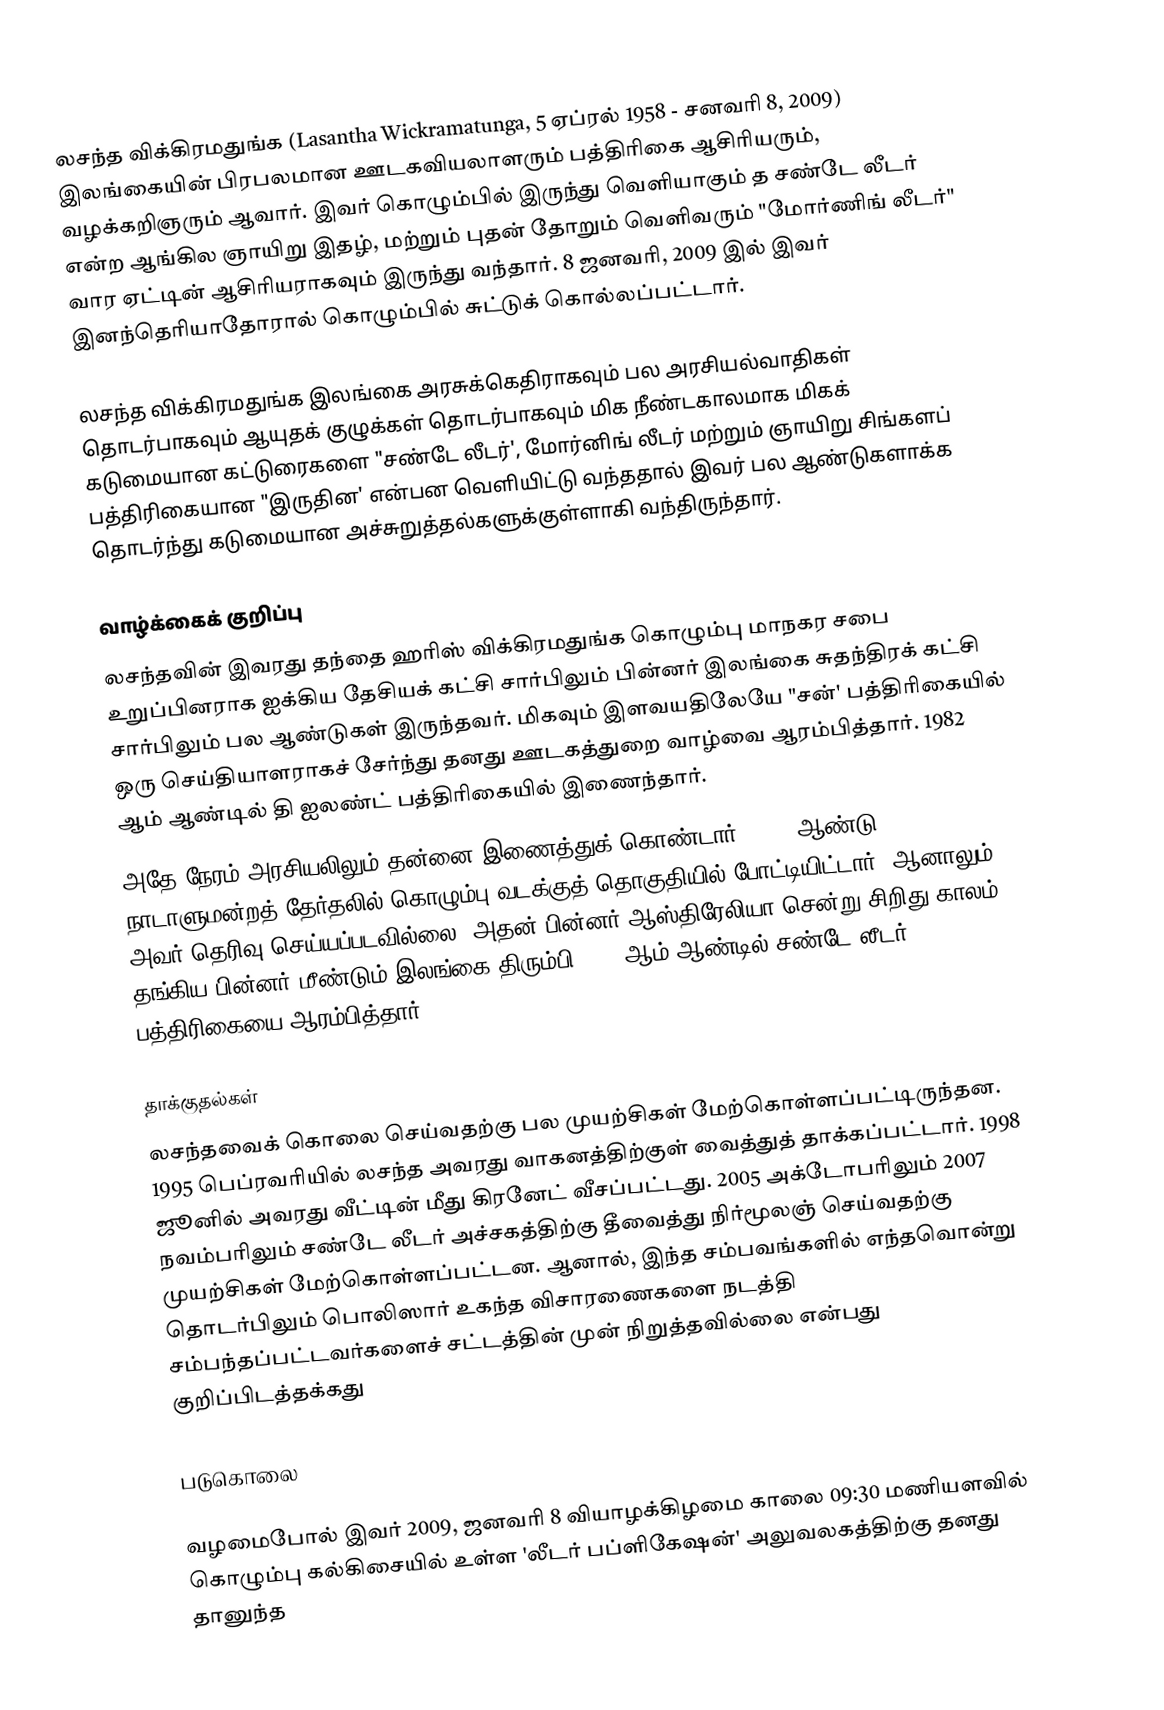
லசந்த விக்கிரமதுங்க (Lasantha Wickramatunga, 5 ஏப்ரல் 1958 - சனவரி 8, 2009) இலங்கையின் பிரபலமான ஊடகவியலாளரும் பத்திரிகை ஆசிரியரும், வழக்கறிஞரும் ஆவார். இவர் கொழும்பில் இருந்து வெளியாகும் த சண்டே லீடர் என்ற ஆங்கில ஞாயிறு இதழ், மற்றும் புதன் தோறும் வெளிவரும் "மோர்ணிங் லீடர்" வார ஏட்டின் ஆசிரியராகவும் இருந்து வந்தார். 8 ஜனவரி, 2009 இல் இவர் இனந்தெரியாதோரால் கொழும்பில் சுட்டுக் கொல்லப்பட்டார்.

லசந்த விக்கிரமதுங்க இலங்கை அரசுக்கெதிராகவும் பல அரசியல்வாதிகள் தொடர்பாகவும் ஆயுதக் குழுக்கள் தொடர்பாகவும் மிக நீண்டகாலமாக மிகக் கடுமையான கட்டுரைகளை "சண்டே லீடர்', மோர்னிங் லீடர் மற்றும் ஞாயிறு சிங்களப் பத்திரிகையான "இருதின' என்பன வெளியிட்டு வந்ததால் இவர் பல ஆண்டுகளாக்க தொடர்ந்து கடுமையான அச்சுறுத்தல்களுக்குள்ளாகி வந்திருந்தார்.

வாழ்க்கைக் குறிப்பு
லசந்தவின் இவரது தந்தை ஹரிஸ் விக்கிரமதுங்க கொழும்பு மாநகர சபை உறுப்பினராக ஐக்கிய தேசியக் கட்சி சார்பிலும் பின்னர் இலங்கை சுதந்திரக் கட்சி சார்பிலும் பல ஆண்டுகள் இருந்தவர். மிகவும் இளவயதிலேயே "சன்' பத்திரிகையில் ஒரு செய்தியாளராகச் சேர்ந்து தனது ஊடகத்துறை வாழ்வை ஆரம்பித்தார். 1982 ஆம் ஆண்டில் தி ஐலண்ட் பத்திரிகையில் இணைந்தார்.
அதே நேரம் அரசியலிலும் தன்னை இணைத்துக் கொண்டார். 1989 ஆண்டு நாடாளுமன்றத் தேர்தலில் கொழும்பு வடக்குத் தொகுதியில் போட்டியிட்டார். ஆனாலும் அவர் தெரிவு செய்யப்படவில்லை. அதன் பின்னர் ஆஸ்திரேலியா சென்று சிறிது காலம் தங்கிய பின்னர் மீண்டும் இலங்கை திரும்பி 1994 ஆம் ஆண்டில் சண்டே லீடர் பத்திரிகையை ஆரம்பித்தார்.

தாக்குதல்கள்
லசந்தவைக் கொலை செய்வதற்கு பல முயற்சிகள் மேற்கொள்ளப்பட்டிருந்தன. 1995 பெப்ரவரியில் லசந்த அவரது வாகனத்திற்குள் வைத்துத் தாக்கப்பட்டார். 1998 ஜூனில் அவரது வீட்டின் மீது கிரனேட் வீசப்பட்டது. 2005 அக்டோபரிலும் 2007 நவம்பரிலும் சண்டே லீடர் அச்சகத்திற்கு தீவைத்து நிர்மூலஞ் செய்வதற்கு முயற்சிகள் மேற்கொள்ளப்பட்டன. ஆனால், இந்த சம்பவங்களில் எந்தவொன்று தொடர்பிலும் பொலிஸார் உகந்த விசாரணைகளை நடத்தி சம்பந்தப்பட்டவர்களைச் சட்டத்தின் முன் நிறுத்தவில்லை என்பது குறிப்பிடத்தக்கது

படுகொலை

வழமைபோல் இவர் 2009, ஜனவரி 8 வியாழக்கிழமை காலை 09:30 மணியளவில் கொழும்பு கல்கிசையில் உள்ள 'லீடர் பப்ளிகேஷன்' அலுவலகத்திற்கு தனது தானுந்த